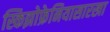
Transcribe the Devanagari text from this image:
स्किझोफ्रेनियासारखा